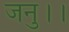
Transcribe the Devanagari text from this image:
जनु।।